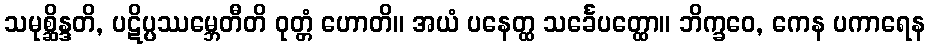
သမုစ္ဆိန္ဒတိ, ပဋိပ္ပဿမ္ဘေတီတိ ဝုတ္တံ ဟောတိ။ အယံ ပနေတ္ထ သင်္ခေပတ္ထော။ ဘိက္ခဝေ, ကေန ပကာရေန